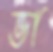
ভা